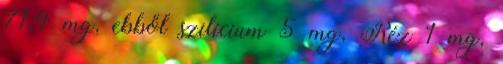
71,4 mg, ebből szilícium 5 mg, Réz 1 mg,